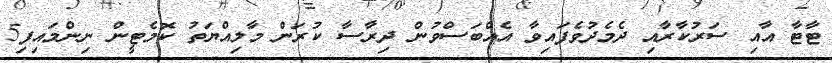
ޓާޓާ އާއި ސަރުކާރާއި ދެމެދުވެފައިވާ އެއްބަސްވުން ދިރާސާ ކުރަން މާލިއްޔަތު ކޮމެޓީން ނިންމައިފި5